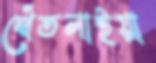
থেঁতলাইয়া